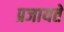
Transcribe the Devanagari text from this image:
प्रजायते